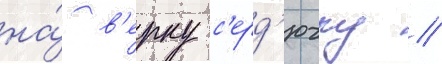
на́ в'ерку с'ерд'ючку //